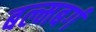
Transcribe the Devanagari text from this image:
बल्मबर्ग